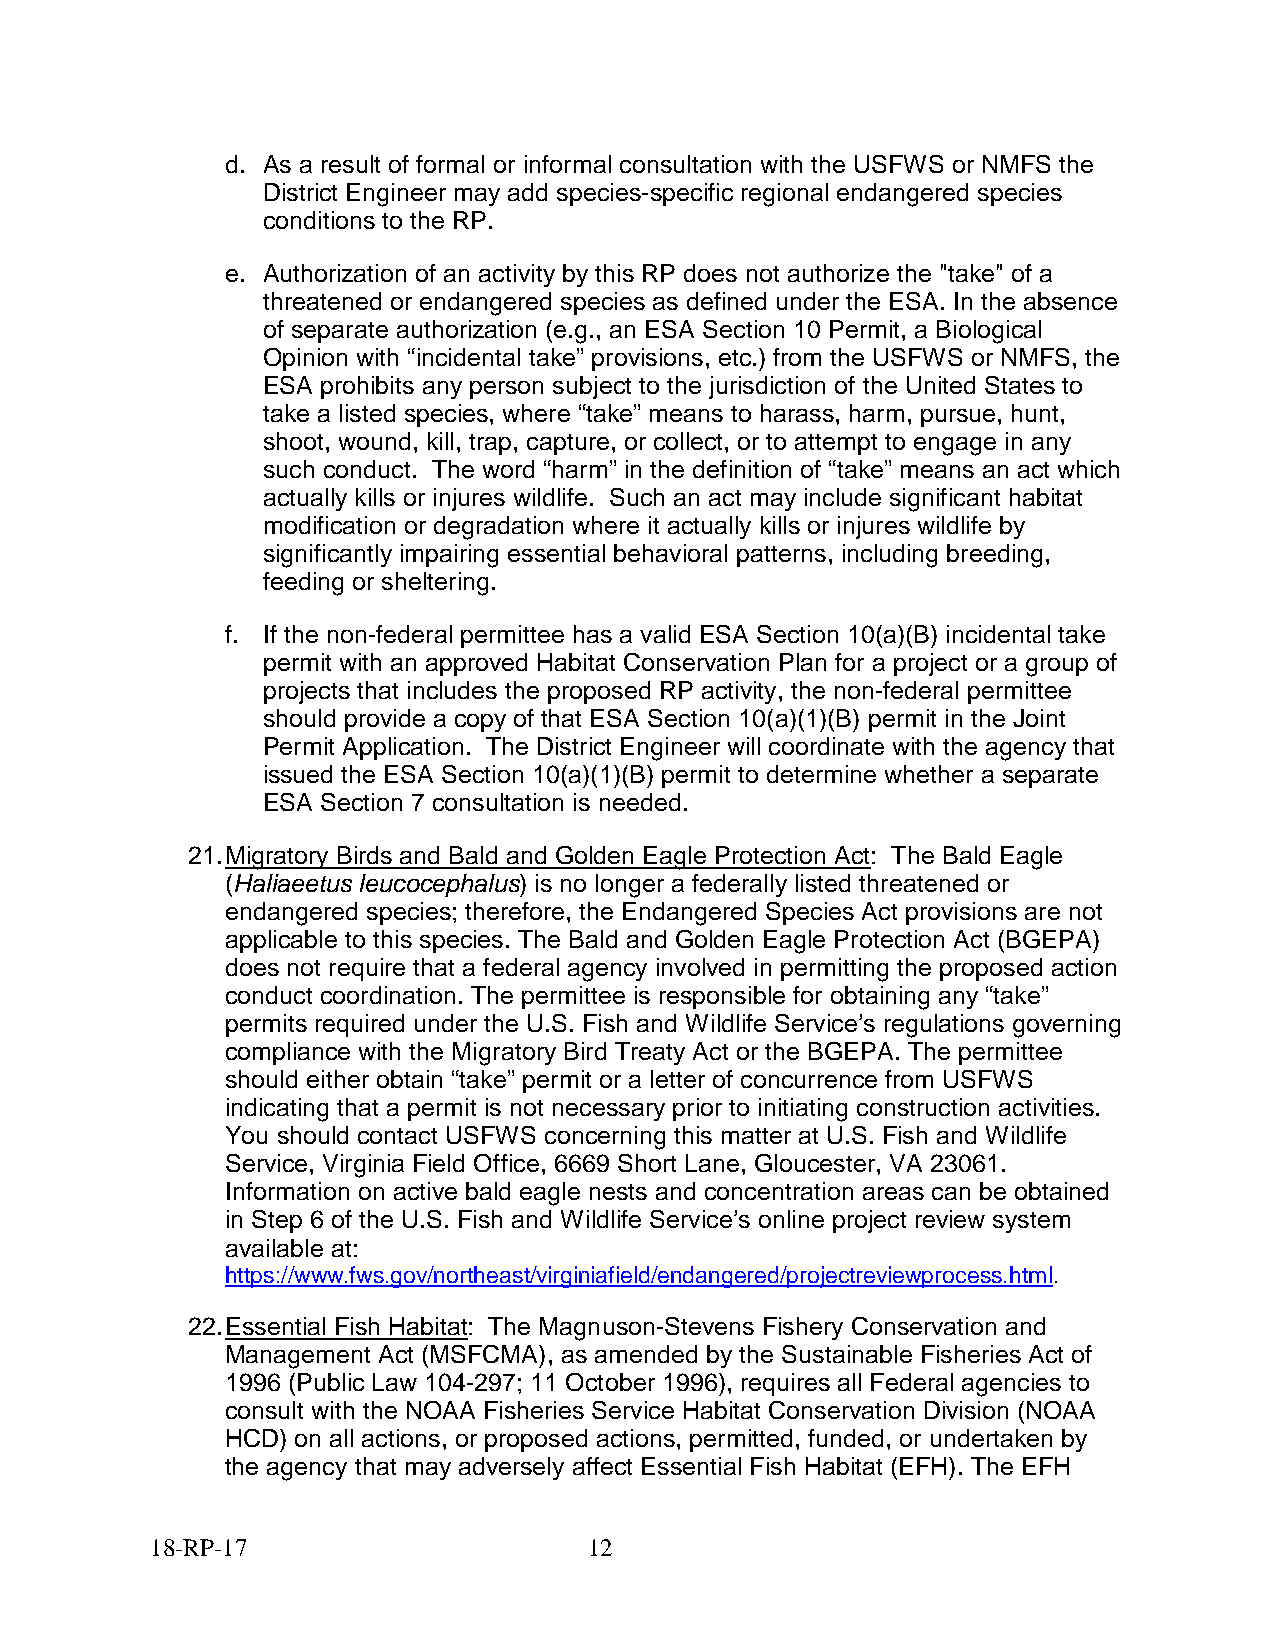
d. As a result of formal or informal consultation with the USFWS or NMFS the
 District Engineer may add species-specific regional endangered species
 conditions to the RP.
 e. Authorization of an activity by this RP does not authorize the "take" of a
 threatened or endangered species as defined under the ESA. In the absence
 of separate authorization (e.g., an ESA Section 10 Permit, a Biological
 Opinion with “incidental take” provisions, etc.) from the USFWS or NMFS, the
 ESA prohibits any person subject to the jurisdiction of the United States to
 take a listed species, where “take” means to harass, harm, pursue, hunt,
 shoot, wound, kill, trap, capture, or collect, or to attempt to engage in any
 such conduct. The word “harm” in the definition of “take” means an act which
 actually kills or injures wildlife. Such an act may include significant habitat
 modification or degradation where it actually kills or injures wildlife by
 significantly impairing essential behavioral patterns, including breeding,
 feeding or sheltering.
 f. If the non-federal permittee has a valid ESA Section 10(a)(B) incidental take
 permit with an approved Habitat Conservation Plan for a project or a group of
 projects that includes the proposed RP activity, the non-federal permittee
 should provide a copy of that ESA Section 10(a)(1)(B) permit in the Joint
 Permit Application. The District Engineer will coordinate with the agency that
 issued the ESA Section 10(a)(1)(B) permit to determine whether a separate
 ESA Section 7 consultation is needed.
 21. Migratory Birds and Bald and Golden Eagle Protection Act: The Bald Eagle
 (Haliaeetus leucocephalus) is no longer a federally listed threatened or
 endangered species; therefore, the Endangered Species Act provisions are not
 applicable to this species. The Bald and Golden Eagle Protection Act (BGEPA)
 does not require that a federal agency involved in permitting the proposed action
 conduct coordination. The permittee is responsible for obtaining any “take”
 permits required under the U.S. Fish and Wildlife Service’s regulations governing
 compliance with the Migratory Bird Treaty Act or the BGEPA. The permittee
 should either obtain “take” permit or a letter of concurrence from USFWS
 indicating that a permit is not necessary prior to initiating construction activities.
 You should contact USFWS concerning this matter at U.S. Fish and Wildlife
 Service, Virginia Field Office, 6669 Short Lane, Gloucester, VA 23061.
 Information on active bald eagle nests and concentration areas can be obtained
 in Step 6 of the U.S. Fish and Wildlife Service’s online project review system
 available at:
 https://www.fws.gov/northeast/virginiafield/endangered/projectreviewprocess.html.
 22. Essential Fish Habitat: The Magnuson-Stevens Fishery Conservation and
 Management Act (MSFCMA), as amended by the Sustainable Fisheries Act of
 1996 (Public Law 104-297; 11 October 1996), requires all Federal agencies to
 consult with the NOAA Fisheries Service Habitat Conservation Division (NOAA
 HCD) on all actions, or proposed actions, permitted, funded, or undertaken by
 the agency that may adversely affect Essential Fish Habitat (EFH). The EFH
 18-RP-17                     12